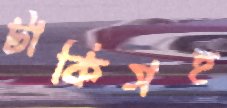
টাকিসহ